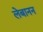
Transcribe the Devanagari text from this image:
लेबानन